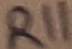
Text: R11